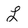
Character: L